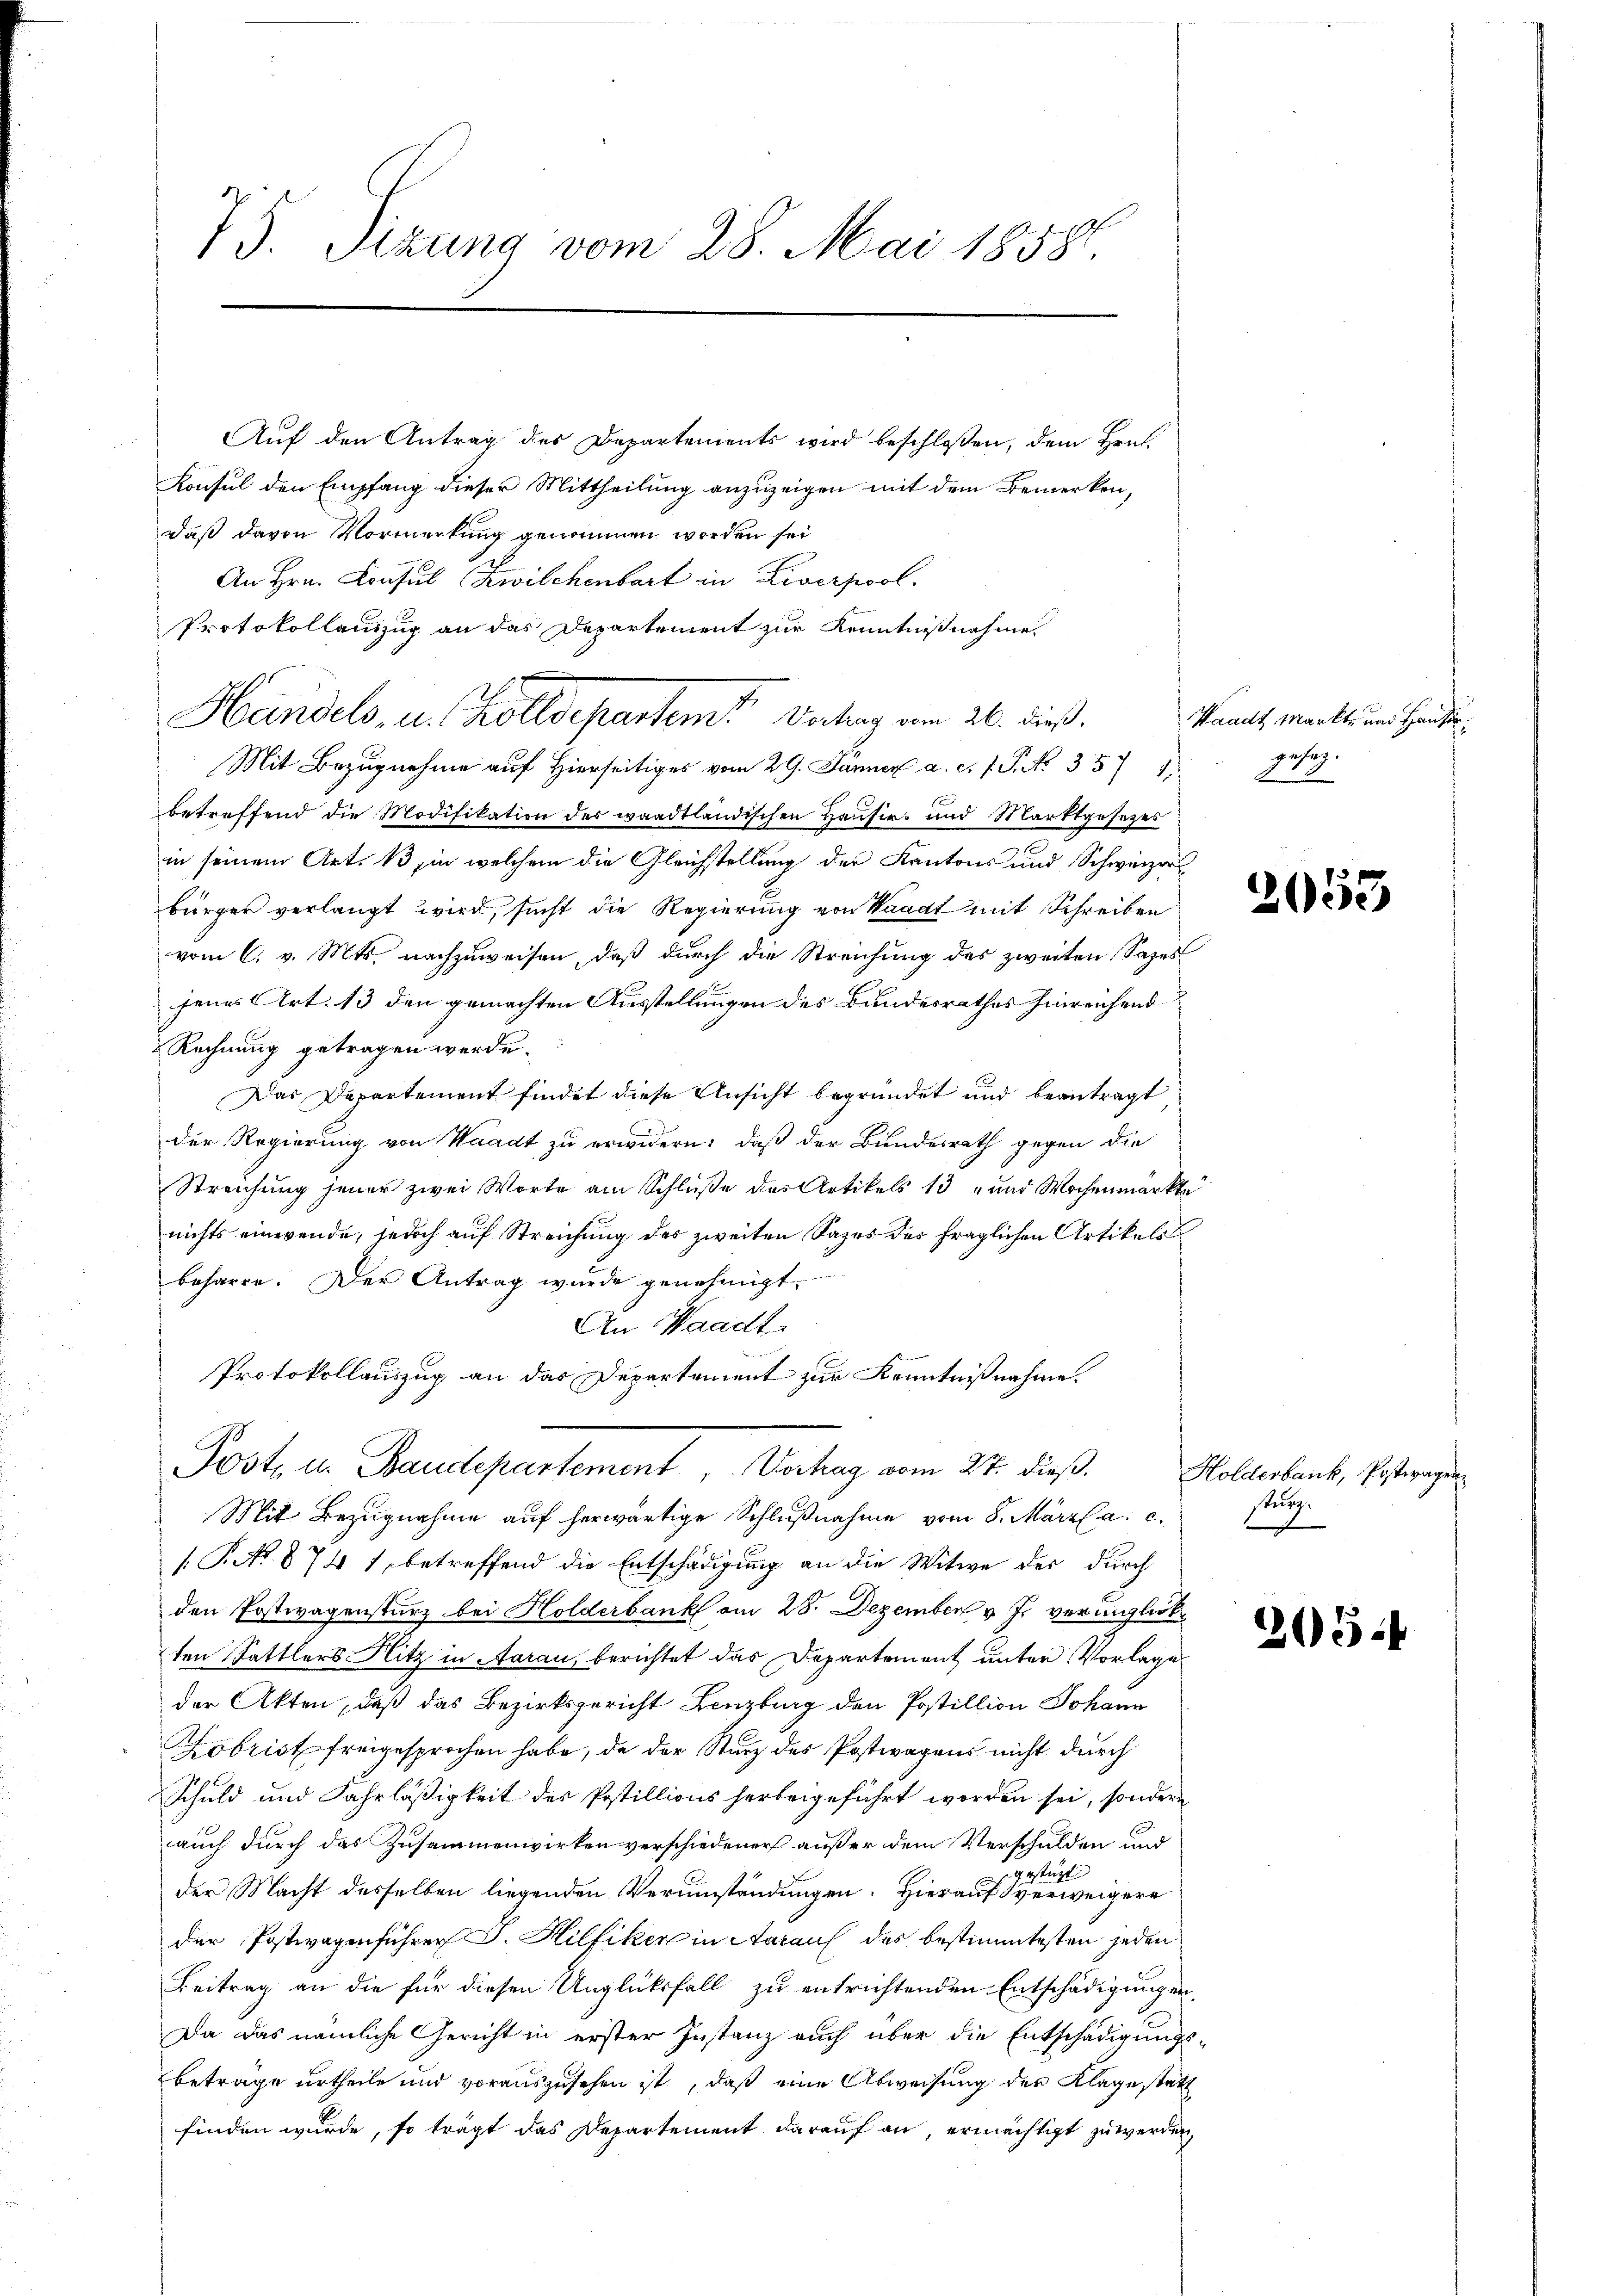
75. Sizung vom 28. Mai 1858.

Auf den Antrag des Departements wird beschlossen, dem Hrn.
Konsul den Empfang dieser Mittheilung anzuzeigen mit dem Bemerken,
daß davon Vormerkung genommen worden sei
An Hrn. Consul Zwilchenbart in Liverpool.
Protokollenzug an das Departement zur Kenntnißnahme
Mit Bezugnahme auf Hierseitiges vom 29. Jänner a. c. 7 S. No 357 1
betreffend die Modifikation des waadtländischen Hausir- und Marktgesezes
in seinem Art. 13 in welchem die Gleichstellung der Kantons und Schweizers
bürger verlangt wird, sucht die Regierung von Waadt mit Schreiben
vom 6. v. Mts. nachzuweisen, daß durch die Streichung des zweiten Sages
jenes Art. 13 den gemachten Ausstellungen des Bundesrathes hinreichend
Rechnung getragen werde.
Das Departement findet diese Ansicht begründet und beantragt
der Regierung von Waadt zu erwidern: daß der Bundesrath gegen die
Streichung jener zwei Worte am Schluße des Artikels 13 und Wochenmarkte
nichts einwende, jedoch auf Streichung des zweiten Sages der fraglichen Artikels
beharre. Der Antrag wurde genehmigt.
An Waadt
Protokollauszug an das Departement zur Kenntnißnahme.
Post u. Baudepartement Verhag vom 27. dieß.
Mit Bezugnahme auf herwärtige Schlŭβnahme vom 8. März l. a. c.
P.No 874 1, betreffend die Entschädigung an die Witwe der durch
den Postwagensturz bei Holderbank am 28. Dezember v. J. veringlich
ten Sattlers Hitz in Aarau, berichtet das Departement unter Vorlage
der Akten, daß das Bezirksgericht Lenzburg den Postillion Johann
Lobrist freigesprochen habe, da der Sturz des Postwagens nicht durch
Schuld und Fahrläßigkeit des Postillions herbeigeführt worden sei, sondern
auch durch das Zusammenwirken verschiedener außer dem Verschulden und
estützt
der Macht desselben liegenden Verumständungen. Hierauf verweigere
der Postwagenführer J. Hilfiker in Aarauf des bestimmtesten jeden
Beitrag an die für diesen Unglücksfall zu entrichtenden Entschädigungen,
Da das nämliche Gericht in erster Instanz auch über die Entschädigungs¬
Betrage urtheile und vorauszusehen ist, daß eine Abweisung der Klage statt
finden wurde, so trägt das Departement darauf an, ermächtigt zu werden,

Handels, u. Kolldepartem Betrag am 26. dieß.

Waadt Markte und Hauser
gesung.

2053

Holderbank, Postwagen
u

205